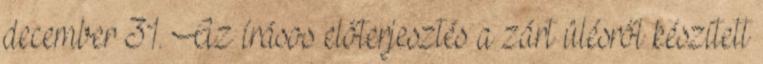
december 31. Az írásos előterjesztés a zárt ülésről készített